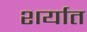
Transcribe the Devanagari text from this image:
शर्यात